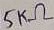
Text: 5KΩ